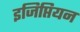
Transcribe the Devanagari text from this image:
इजिप्तियन